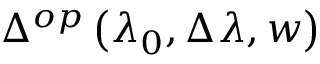
\Delta ^ { o p } \left( \lambda _ { 0 } , \Delta \lambda , w \right)